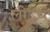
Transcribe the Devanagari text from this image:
लीऽथ